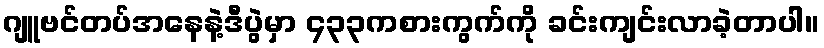
ဂျူဗင်တပ်အနေနဲ့ဒီပွဲမှာ ၄၃၃ကစားကွက်ကို ခင်းကျင်းလာခဲ့တာပါ။